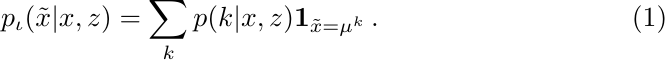
\begin{equation}
    \label{eq:approx_gmm_means}
    p_{\iota}(\Tilde{x}|x,z) = \sum_{k} p(k|x,z) \mathbf{1}_{\Tilde{x}=\mu^{k}}
    \, .
\end{equation}